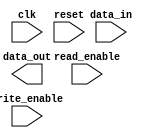
module async_fifo_buffer (
    input wire clk,
    input wire reset,
    input wire write_enable,
    input wire read_enable,
    input wire [7:0] data_in,
    output reg [7:0] data_out
);

// Timing control block
always @ (posedge clk or posedge reset) begin
    if (reset) begin
        // Reset FIFO buffer
        // Implement reset logic here
    end else begin
        if (write_enable) begin
            // Write data to FIFO buffer
            // Implement write logic here
        end
        
        if (read_enable) begin
            // Read data from FIFO buffer
            // Implement read logic here
        end
    end
end

// Synchronization block
always @ (posedge clk) begin
    if (read_enable) begin
        // Synchronize data from input interface
        // Implement synchronization logic here
    end
end

endmodule